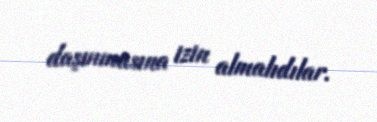
daşınmasına izin almalıdılar.